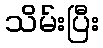
သိမ်းပြီး